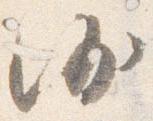
沙